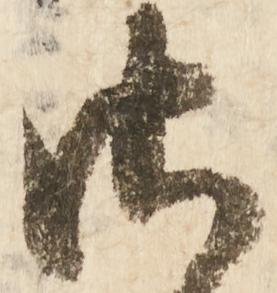
御